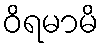
ဝိရမာမိ